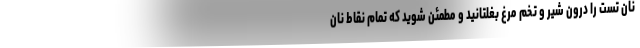
نان تست را درون شیر و تخم مرغ بغلتانید و مطمئن شوید که تمام نقاط نان